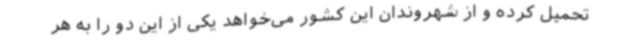
تحمیل کرده و از شهروندان این کشور می‌خواهد یکی از این دو را به هر